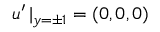
\boldsymbol { u } ^ { \prime } \, | _ { y = \pm 1 } = ( 0 , 0 , 0 )